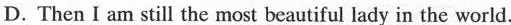
D. Then I am still the most beautiful lady in the world.